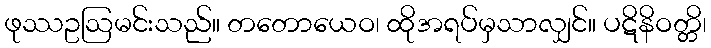
ဖုဿဥဩမင်းသည်။ တတောယေဝ၊ ထိုအရပ်မှသာလျှင်။ ပဋိနိဝတ္တိ၊